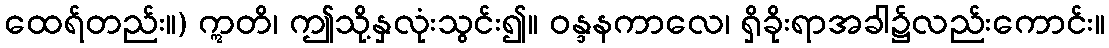
ထေရ်တည်း။) ဣတိ၊ ဤသို့နှလုံးသွင်း၍။ ဝန္ဒနကာလေ၊ ရှိခိုးရာအခါ၌လည်းကောင်း။